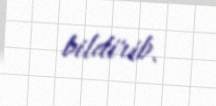
bildirib.